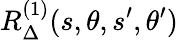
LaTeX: R_{\Delta}^{(1)}(s,\theta,s^{\prime},\theta^{\prime})